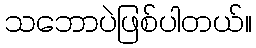
သဘောပဲဖြစ်ပါတယ်။